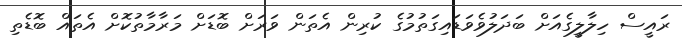
ރައީސް ހިލާލީގެއަށް ބަދަލުވެވަޑައިގަތުމުގެ ކުރިން އެތަން ވަރަށް ބޮޑަށް މަރާމާތުކޮށް އެތައް ބޮޑެތި